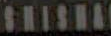
SHISHA